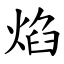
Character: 焰